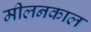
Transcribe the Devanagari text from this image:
मीलनकाल